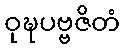
ဝုဍ္ဎပဗ္ဗဇိတံ